Vital statistics of India. Vol. V, Reports of 1876 on armies & jails and on epidemic cholera
Year: 1876
Disease focus: Cholera
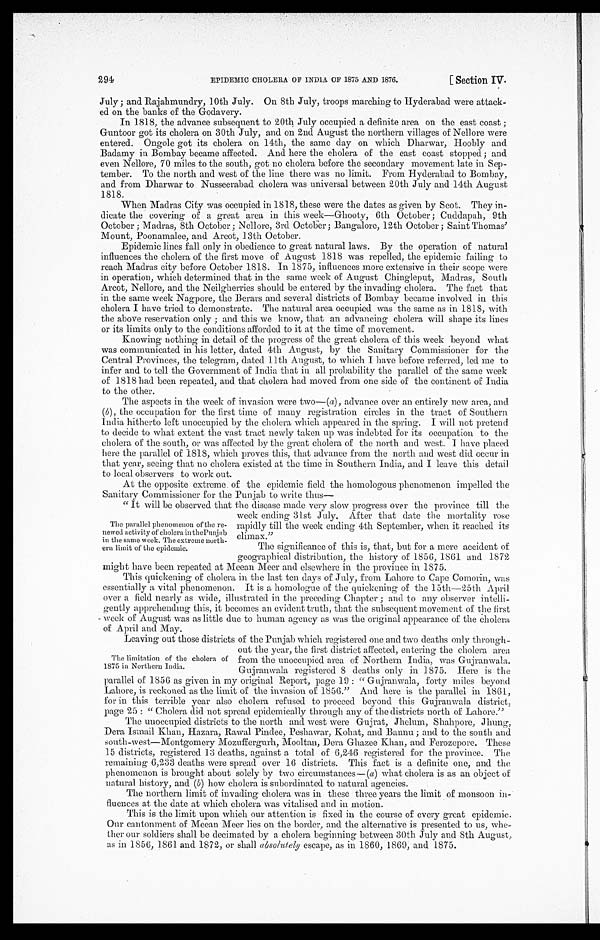
EPIDEMIC CHOLERA OF INDIA OF 1875 AND 1876.
[ Section IV.
294
July ; and Rajahmundry, 10th July. On 8th July, troops marching to Hyderabad were attack-
-ed on the banks of the Godavery.
In 1818, the advance subsequent to 20th July occupied a definite area on the east coast ;
Guntoor got its cholera on 30th July, and on 2nd August the northern villages of Nellore were
entered. Ongole got its cholera on 14th, the same day on which Dharwar, Hoobly and
Badamy in Bombay became affected. And here the cholera of the east coast stopped; and
even Nellore, 70 miles to the south, got no cholera before the secondary movement late in Sep
-tember. To the north and west of the line there was no limit. From Hyderabad to Bombay,
and from Dharwar to Nusseerabad cholera was universal between 20th July and 14th August
1818.
When Madras City was occupied in 1818, these were the dates as given by Scot. They in
-dicate the covering of a great area in this week—Ghooty, 6th October; Cuddapah, 9th
October ; Madras, 8th October; Nellore, 3rd October; Bangalore, 12th October ; Saint Thomas'
Mount, Poonamalee, and Arcot, 13th October.
Epidemic lines fall only in obedience to great natural laws. By the operation of natural
influences the cholera of the first move of August 1818 was repelled, the epidemic failing to
reach Madras city before October 1818. In 1875, influences more extensive in their scope were
in operation, which determined that in the same week of August Chingleput, Madras, South
Arcot, Nellore, and the Neilgherries should be entered by the invading cholera. The fact that
in the same week Nagpore, the Berars and several districts of Bombay became involved in this
cholera I have tried to demonstrate. The natural area occupied was the same as in 1818, with
the above reservation only ; and this we know, that an advancing cholera will shape its lines
or its limits only to the conditions afforded to it at the time of movement.
Knowing nothing in detail of the progress of the great cholera of this week beyond what
was communicated in his letter, dated 4th August, by the Sanitary Commissioner for the
Central Provinces, the telegram, dated 11th August, to which I have before referred, led me to
infer and to tell the Government of India that in all probability the parallel of the same week
of 1818 had been repeated, and that cholera had moved from one side of the continent of India
to the other.
The aspects in the week of invasion were two—( a), advance over an entirely new area, and
(b), the occupation for the first time of many registration circles in the tract of Southern
India hitherto left unoccupied by the cholera which appeared in the spring. I will not pretend
to decide to what extent the vast tract newly taken up was indebted for its occupation to the
cholera of the south, or was affected by the great cholera of the north and west. I have placed
here the parallel of 1818, which proves this, that advance from the north and west did occur in
that year, seeing that no cholera existed at the time in Southern India, and I leave this detail
to local observers to work out.
At the opposite extreme of the epidemic field the homologous phenomenon impelled the
Sanitary Commissioner for the Punjab to write thus—
"It will be observed that the disease made very slow progress over the province till the
week ending 31st July. After that date the mortality rose
rapidly till the week ending 4th September, when it reached its
climax."
The significance of this is, that, but for a mere accident of
geographical distribution, the history of 1856, 1861 and 1872
might have been repeated at Meean Meer and elsewhere in the province in 1875.
This quickening of cholera in the last ten days of July, from Lahore to cape Comorin, was
essentially a vital phenomenon. It is a homologue of the quickening of the 15th—25th April
over a field nearly as wide, illustrated in the preceding Chapter ; and to any observer intelli
-gently apprehending this, it becomes an evident truth, that the subsequent movement of the first
week of August was as little due to human agency as was the original appearance of the cholera
of April and May.
Leaving out those districts of the Punjab which registered one and two deaths only through-
out the year, the first district affected, entering the cholera area
from the unoccupied area of Northern India, was Gujranwala.
Gujranwala registered 8 deaths only in 1875. Here is the
parallel of 1856 as given in my original. Report, page 19 "Gujranwala, forty miles beyond
Lahore, is reckoned as the limit of the invasion of 1856." And here is the parallel in 1861,
for in this terrible year also cholera refused to proceed beyond this Gujranwala district,
page 25 : "Cholera did not spread epidemically through any of the districts north of Lahore."
The unoccupied districts to the north and west were Gujrat, Jhelum, Shahpore, Jhung,
Dera Ismail Khan, Hazara, Rawal Pindee, Peshawar, Kohat, and Bannu ; and to the south and
south-west—Montgomery Mozuffergurh, Mooltan, Dera Ghazee Khan, and Ferozepore. These
15 districts, registered 13 deaths, against a total of 6,246 registered for the province. The
remaining 6,233 deaths were spread over 16 districts. This fact is a definite one, and the
phenomenon is brought about solely by two circumstances—( a) what cholera is as an object of
natural history, and (b) how cholera is subordinated to natural agencies.
The northern limit of invading cholera was in these three years the limit of monsoon in
- f l u e n c e s a t t h e d a t e a t w h i c h c h o l e r a w a s v i t a l i s e d a n d i n m o t i o n .
This is the limit upon which our attention is fixed in the course of every great epidemic.
Our cantonment of Meean Meer lies on the border, and the alternative is presented to us, whe
- t h e r o u r s o l d i e r s s h a l l b e d e c i m a t e d b y a c h o l e r a b e g i n n i n g b e t w e e n 3 0 t h J u l y a n d 8 t h A u g u s t ,
as in 1856, 1861 and 1872, or shall absolutely escape, as in 1860, 1869, and 1875.
The parallel phenomenon of the re
-newed activity of cholera in the Punjab
in the same week. The extreme north-
ern Unlit of the epidemic.
The limitation of the cholera of
1875 in Northern India.